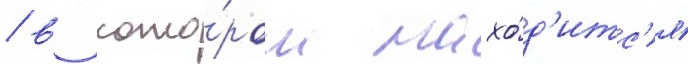
/ в кото́ром нахо́д'итс'я